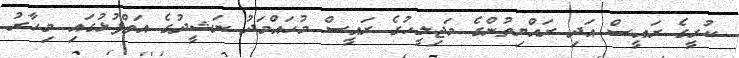
ކުރީގެ ރައީސް އަދި ރައްޔިތުންގެ މަޖިލީހުގެ ރައީސް މުހައްމަދު ނަޝީދުގެ އަތްޕުޅުގައި މިހާރު